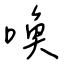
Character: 喚